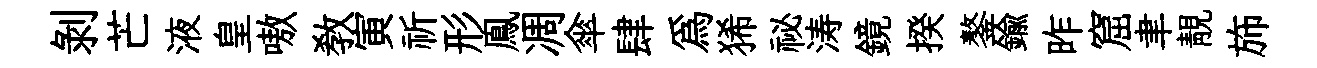
剥芒液皇嗷教寅祈形鳯凋傘肆爲狶祕涛鏡揆鏊鍮昨窟聿靚斾